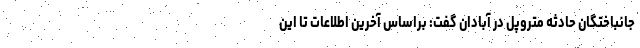
جانباختگان حادثه متروپل در آبادان گفت: براساس آخرین اطلاعات تا این